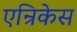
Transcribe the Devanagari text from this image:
एन्रिकेस